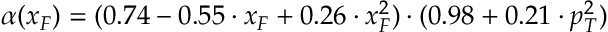
\alpha ( x _ { F } ) = ( 0 . 7 4 - 0 . 5 5 \cdot x _ { F } + 0 . 2 6 \cdot x _ { F } ^ { 2 } ) \cdot ( 0 . 9 8 + 0 . 2 1 \cdot p _ { T } ^ { 2 } )